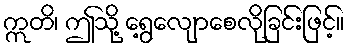
ဣတိ၊ ဤသို့ ရွေ့လျောစေလိုခြင်းဖြင့်။